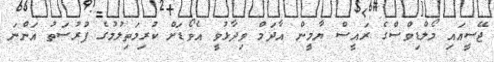
ޖޭސީއައި މޯލްޑިވްސްގެ ރައީސް ޔާމީން އާދަމް ވިދާޅުވީ އެވޯޑަށް ކުރިމަތިލުމުގެ ފުރުސަތު އަންނަ